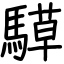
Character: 騲